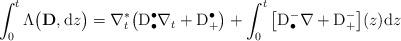
LaTeX: \begin{align*}\int^t_0 \Lambda\big(\mathbf{D},\mathrm{d}z\big)=\nabla^\ast_t\big( \mathrm{D}^\bullet_\bullet\nabla_t+\mathrm{D}^\bullet_+\big)+ \int_0^t\big[\mathrm{D}^-_\bullet\nabla+\mathrm{D}^-_+\big](z)\mathrm{d}z\end{align*}